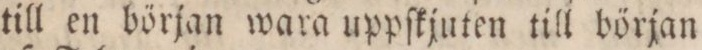
till en början wara uppſkjuten till början